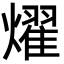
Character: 燿